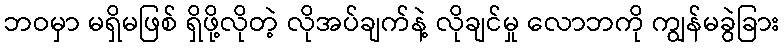
ဘဝမှာ မရှိမဖြစ် ရှိဖို့လိုတဲ့ လိုအပ်ချက်နဲ့ လိုချင်မှု လောဘကို ကျွန်မခွဲခြား